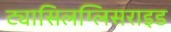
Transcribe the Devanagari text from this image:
ट्यासिलग्लिसराइड